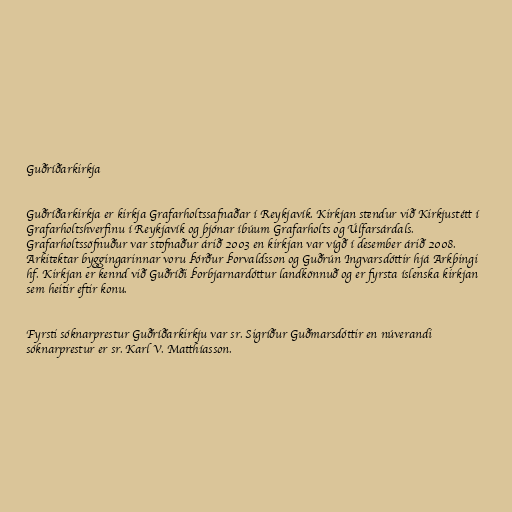
Guðríðarkirkja

Guðríðarkirkja er kirkja Grafarholtssafnaðar í Reykjavík. Kirkjan stendur við Kirkjustétt í
Grafarholtshverfinu í Reykjavík og þjónar íbúum Grafarholts og Úlfarsárdals.
Grafarholtssöfnuður var stofnaður árið 2003 en kirkjan var vígð í desember árið 2008.
Arkitektar byggingarinnar voru Þórður Þorvaldsson og Guðrún Ingvarsdóttir hjá Arkþingi
hf. Kirkjan er kennd við Guðríði Þorbjarnardóttur landkönnuð og er fyrsta íslenska kirkjan
sem heitir eftir konu.

Fyrsti sóknarprestur Guðríðarkirkju var sr. Sigríður Guðmarsdóttir en núverandi
sóknarprestur er sr. Karl V. Matthíasson.